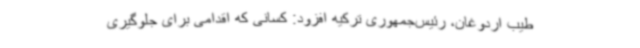
طیب اردوغان،‌ رئیس‌جمهوری ترکیه افزود: کسانی که اقدامی برای جلوگیری